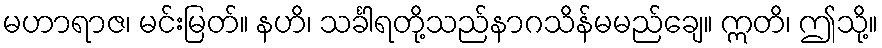
မဟာရာဇ၊ မင်းမြတ်။ နဟိ၊ သင်္ခါရတို့သည်နာဂသိန်မမည်ချေ။ ဣတိ၊ ဤသို့။